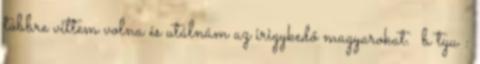
többre vittem volna és utálnám az irigykedő magyarokat. ♔bаtyu♔: